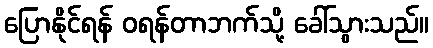
ပြောနိုင်ရန် ဝရန်တာဘက်သို့ ခေါ်သွားသည်။